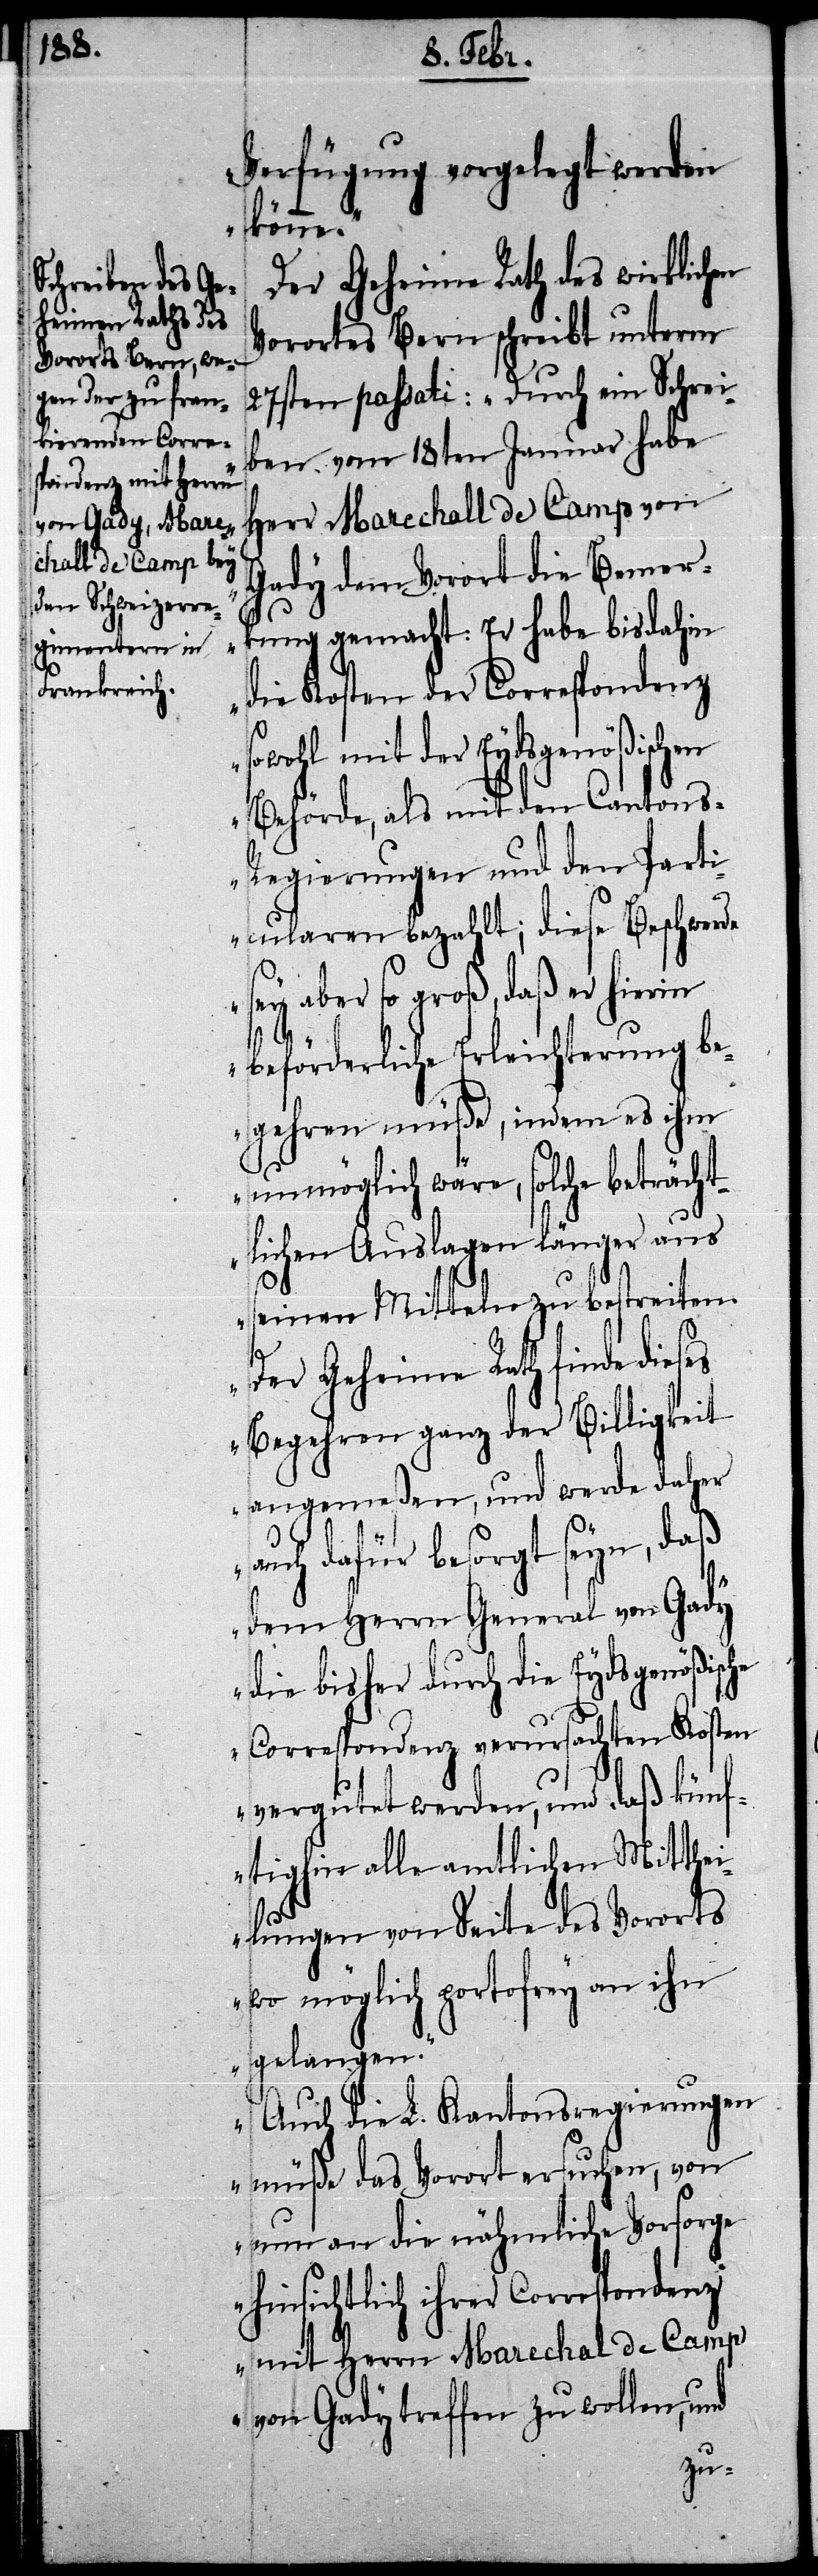
pondenz mit Herrn

Verfügung vorgelegt werden
könne.“
Der Geheime Rath des wirklichen
Vorortes Bern schreibt unterm
en vom 18ten Januar habe
Herr Marechall de Camp von
Gady dem Vorort die Bemer¬
kung gemacht: Er habe bis dahin
die Kosten der Correspondenz
sowohl mit der Eydsgenößischen
Behörde, als mit den Canton¬
s-Regierungen und den Parti¬
cularen bezahlt; diese Beschwerde
sey aber so groß, daß er hierin
es
beförderliche Erleichterung be¬
gehren müße, indem es ihm
unmöglich wäre, solche beträcht¬
lichen Auslagen länger aus
seinen Mitteln zu bestreiten.
Der Geheime Rath finde dies¬
Begehren ganz der Billigkeit
angemeßen, und werde daher
auch dafür besorgt seyn, daß
dem Herrn General von Gady
die bisher durch die Eydsgenößische
Correspondenz verursachten Kosten
vergutet werden, und daß künf¬
tighin alle amtlichen Mitthei¬
lungen von Seite des Vororts
wo möglich portofrey an ihn
gelangen.“
„Auch die L. Kantonsregierungen
müße das Vorort ersuchen, von
nun an die nähmliche Vorsorge
hinsichtlich ihrer Corres¬
von Gady treffen zu wollen, und